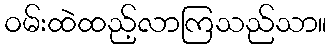
ဝမ်းထဲထည့်လာကြသည်သာ။